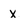
Character: x